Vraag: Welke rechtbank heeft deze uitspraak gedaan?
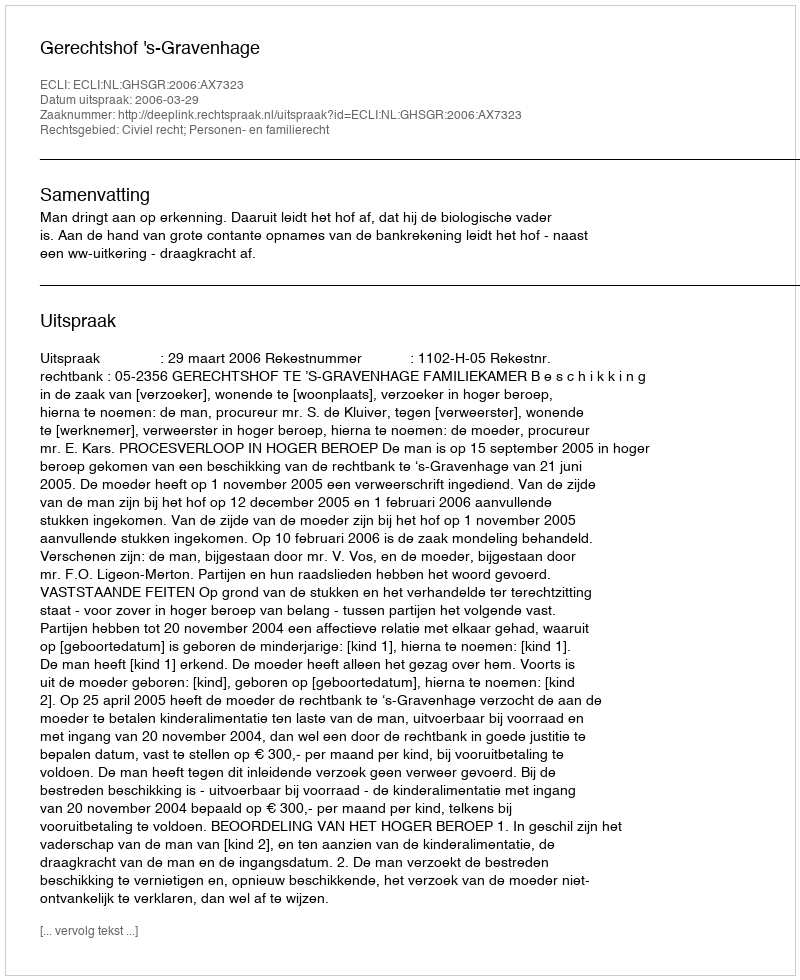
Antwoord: Gerechtshof 's-Gravenhage